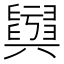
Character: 𦦫